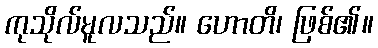
ကုသိုလ်မူလသည်။ ဟောတိ၊ ဖြစ်၏။